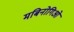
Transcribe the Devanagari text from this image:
मबिनोगिओं